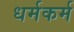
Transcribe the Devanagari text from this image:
धर्मकर्म